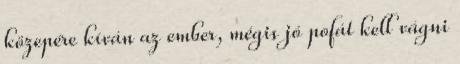
közepére kíván az ember, mégis jó pofát kell vágni